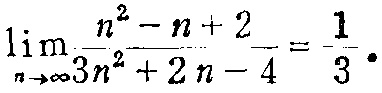
\(\lim_{n \to \infty} \frac{n^{2}-n + 2}{3n^{2}+2n - 4}=\frac{1}{3}\)